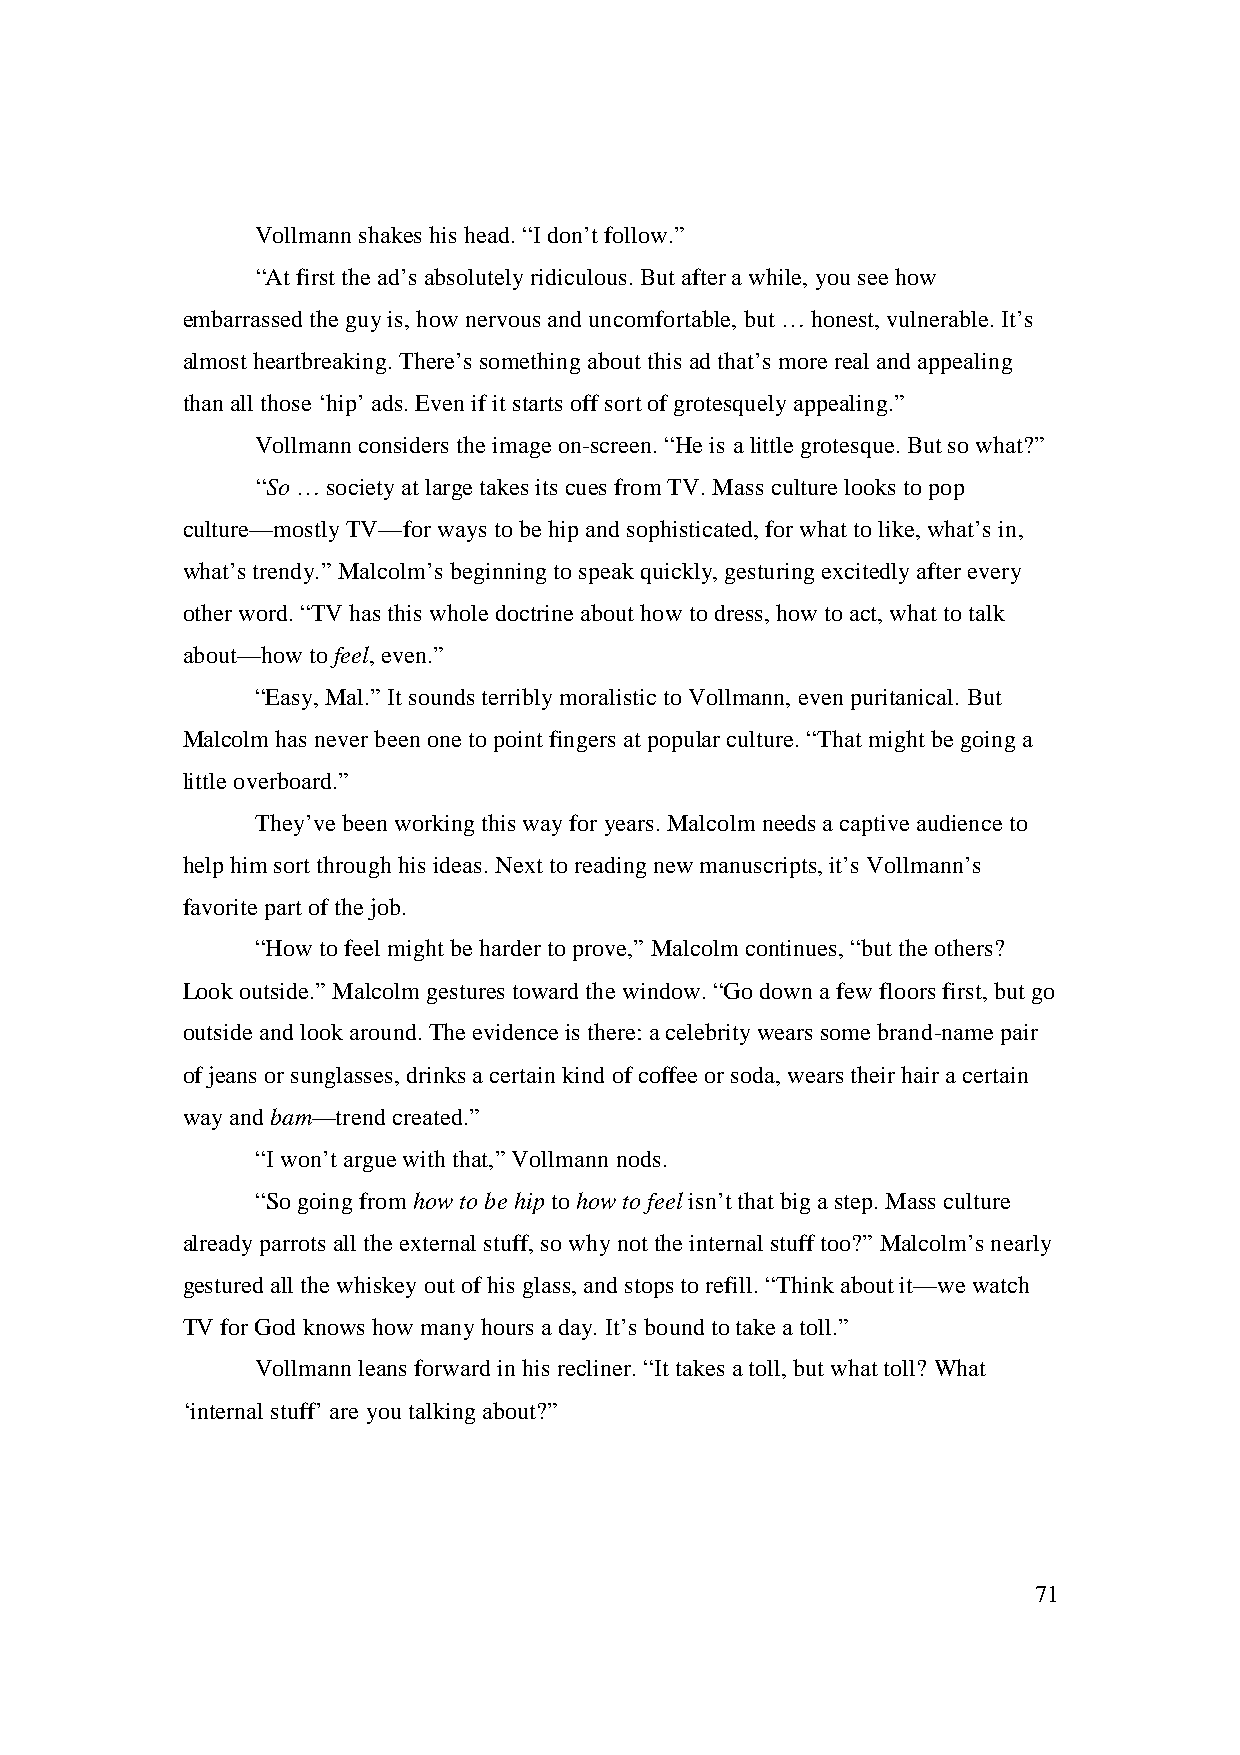
Vollmann shakes his head. “I don’t follow.”
 “At first the ad’s absolutely ridiculous. But after a while, you see how
 embarrassed the guy is, how nervous and uncomfortable, but … honest, vulnerable. It’s
 almost heartbreaking. There’s something about this ad that’s more real and appealing
 than all those ‘hip’ ads. Even if it starts off sort of grotesquely appealing.”
 Vollmann considers the image on-screen. “He is a little grotesque. But so what?”
 “So … society at large takes its cues from TV. Mass culture looks to pop
 culture—mostly TV—for ways to be hip and sophisticated, for what to like, what’s in,
 what’s trendy.” Malcolm’s beginning to speak quickly, gesturing excitedly after every
 other word. “TV has this whole doctrine about how to dress, how to act, what to talk
 about—how to feel, even.”
 “Easy, Mal.” It sounds terribly moralistic to Vollmann, even puritanical. But
 Malcolm has never been one to point fingers at popular culture. “That might be going a
 little overboard.”
 They’ve been working this way for years. Malcolm needs a captive audience to
 help him sort through his ideas. Next to reading new manuscripts, it’s Vollmann’s
 favorite part of the job.
 “How to feel might be harder to prove,” Malcolm continues, “but the others?
 Look outside.” Malcolm gestures toward the window. “Go down a few floors first, but go
 outside and look around. The evidence is there: a celebrity wears some brand-name pair
 of jeans or sunglasses, drinks a certain kind of coffee or soda, wears their hair a certain
 way and bam—trend created.”
 “I won’t argue with that,” Vollmann nods.
 “So going from how to be hip to how to feel isn’t that big a step. Mass culture
 already parrots all the external stuff, so why not the internal stuff too?” Malcolm’s nearly
 gestured all the whiskey out of his glass, and stops to refill. “Think about it—we watch
 TV for God knows how many hours a day. It’s bound to take a toll.”
 Vollmann leans forward in his recliner. “It takes a toll, but what toll? What
 ‘internal stuff’ are you talking about?”
 71